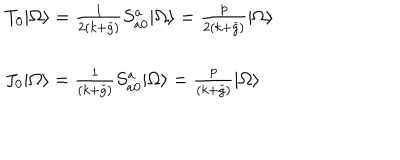
LaTeX: \begin{array} { l } { { T _ { 0 } | \Omega \rangle = \frac { 1 } { 2 ( k + \check { g } ) } S _ { a 0 } ^ { a } | \Omega \rangle = \frac { p } { 2 ( k + \check { g } ) } | \Omega \rangle } } \\ { { \ } } \\ { { J _ { 0 } | \Omega \rangle = \frac { 1 } { ( k + \check { g } ) } S _ { a 0 } ^ { a } | \Omega \rangle = \frac { p } { ( k + \check { g } ) } | \Omega \rangle } } \\ \end{array}